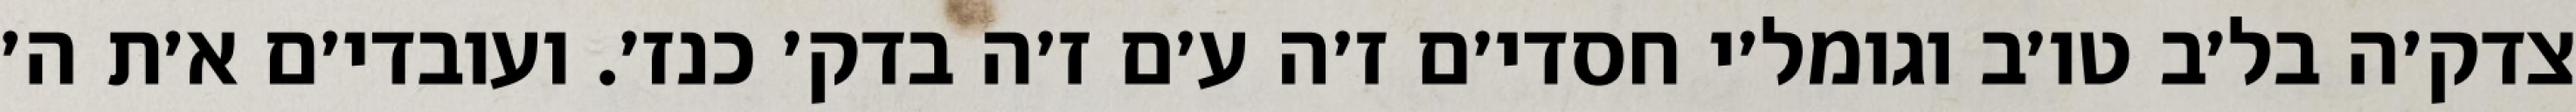
צדק׳ה בל׳ב טו׳ב וגומל׳י חסדי׳ם ז׳ה ע׳ם ז׳ה בדק׳ כנז׳. ועובדי׳ם א׳ת ה׳